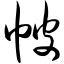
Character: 帔